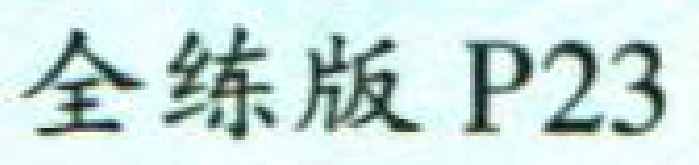
全练版 P23